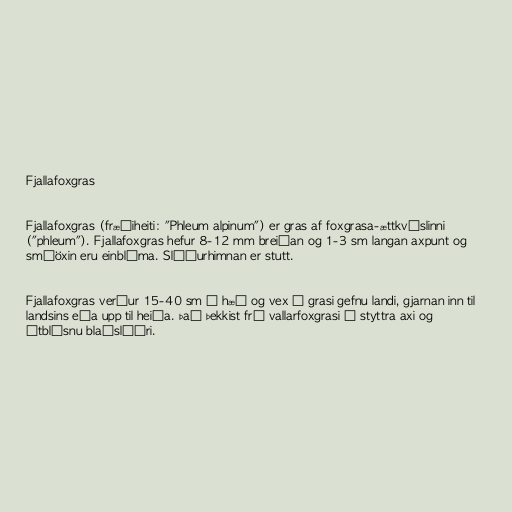
Fjallafoxgras

Fjallafoxgras (fræðiheiti: "Phleum alpinum") er gras af foxgrasa-ættkvíslinni
("phleum"). Fjallafoxgras hefur 8-12 mm breiðan og 1-3 sm langan axpunt og
smáöxin eru einblóma. Slíðurhimnan er stutt.

Fjallafoxgras verður 15-40 sm á hæð og vex í grasi gefnu landi, gjarnan inn til
landsins eða upp til heiða. Það þekkist frá vallarfoxgrasi á styttra axi og
útblásnu blaðslíðri.